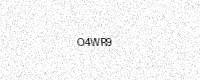
Text: O4WR9